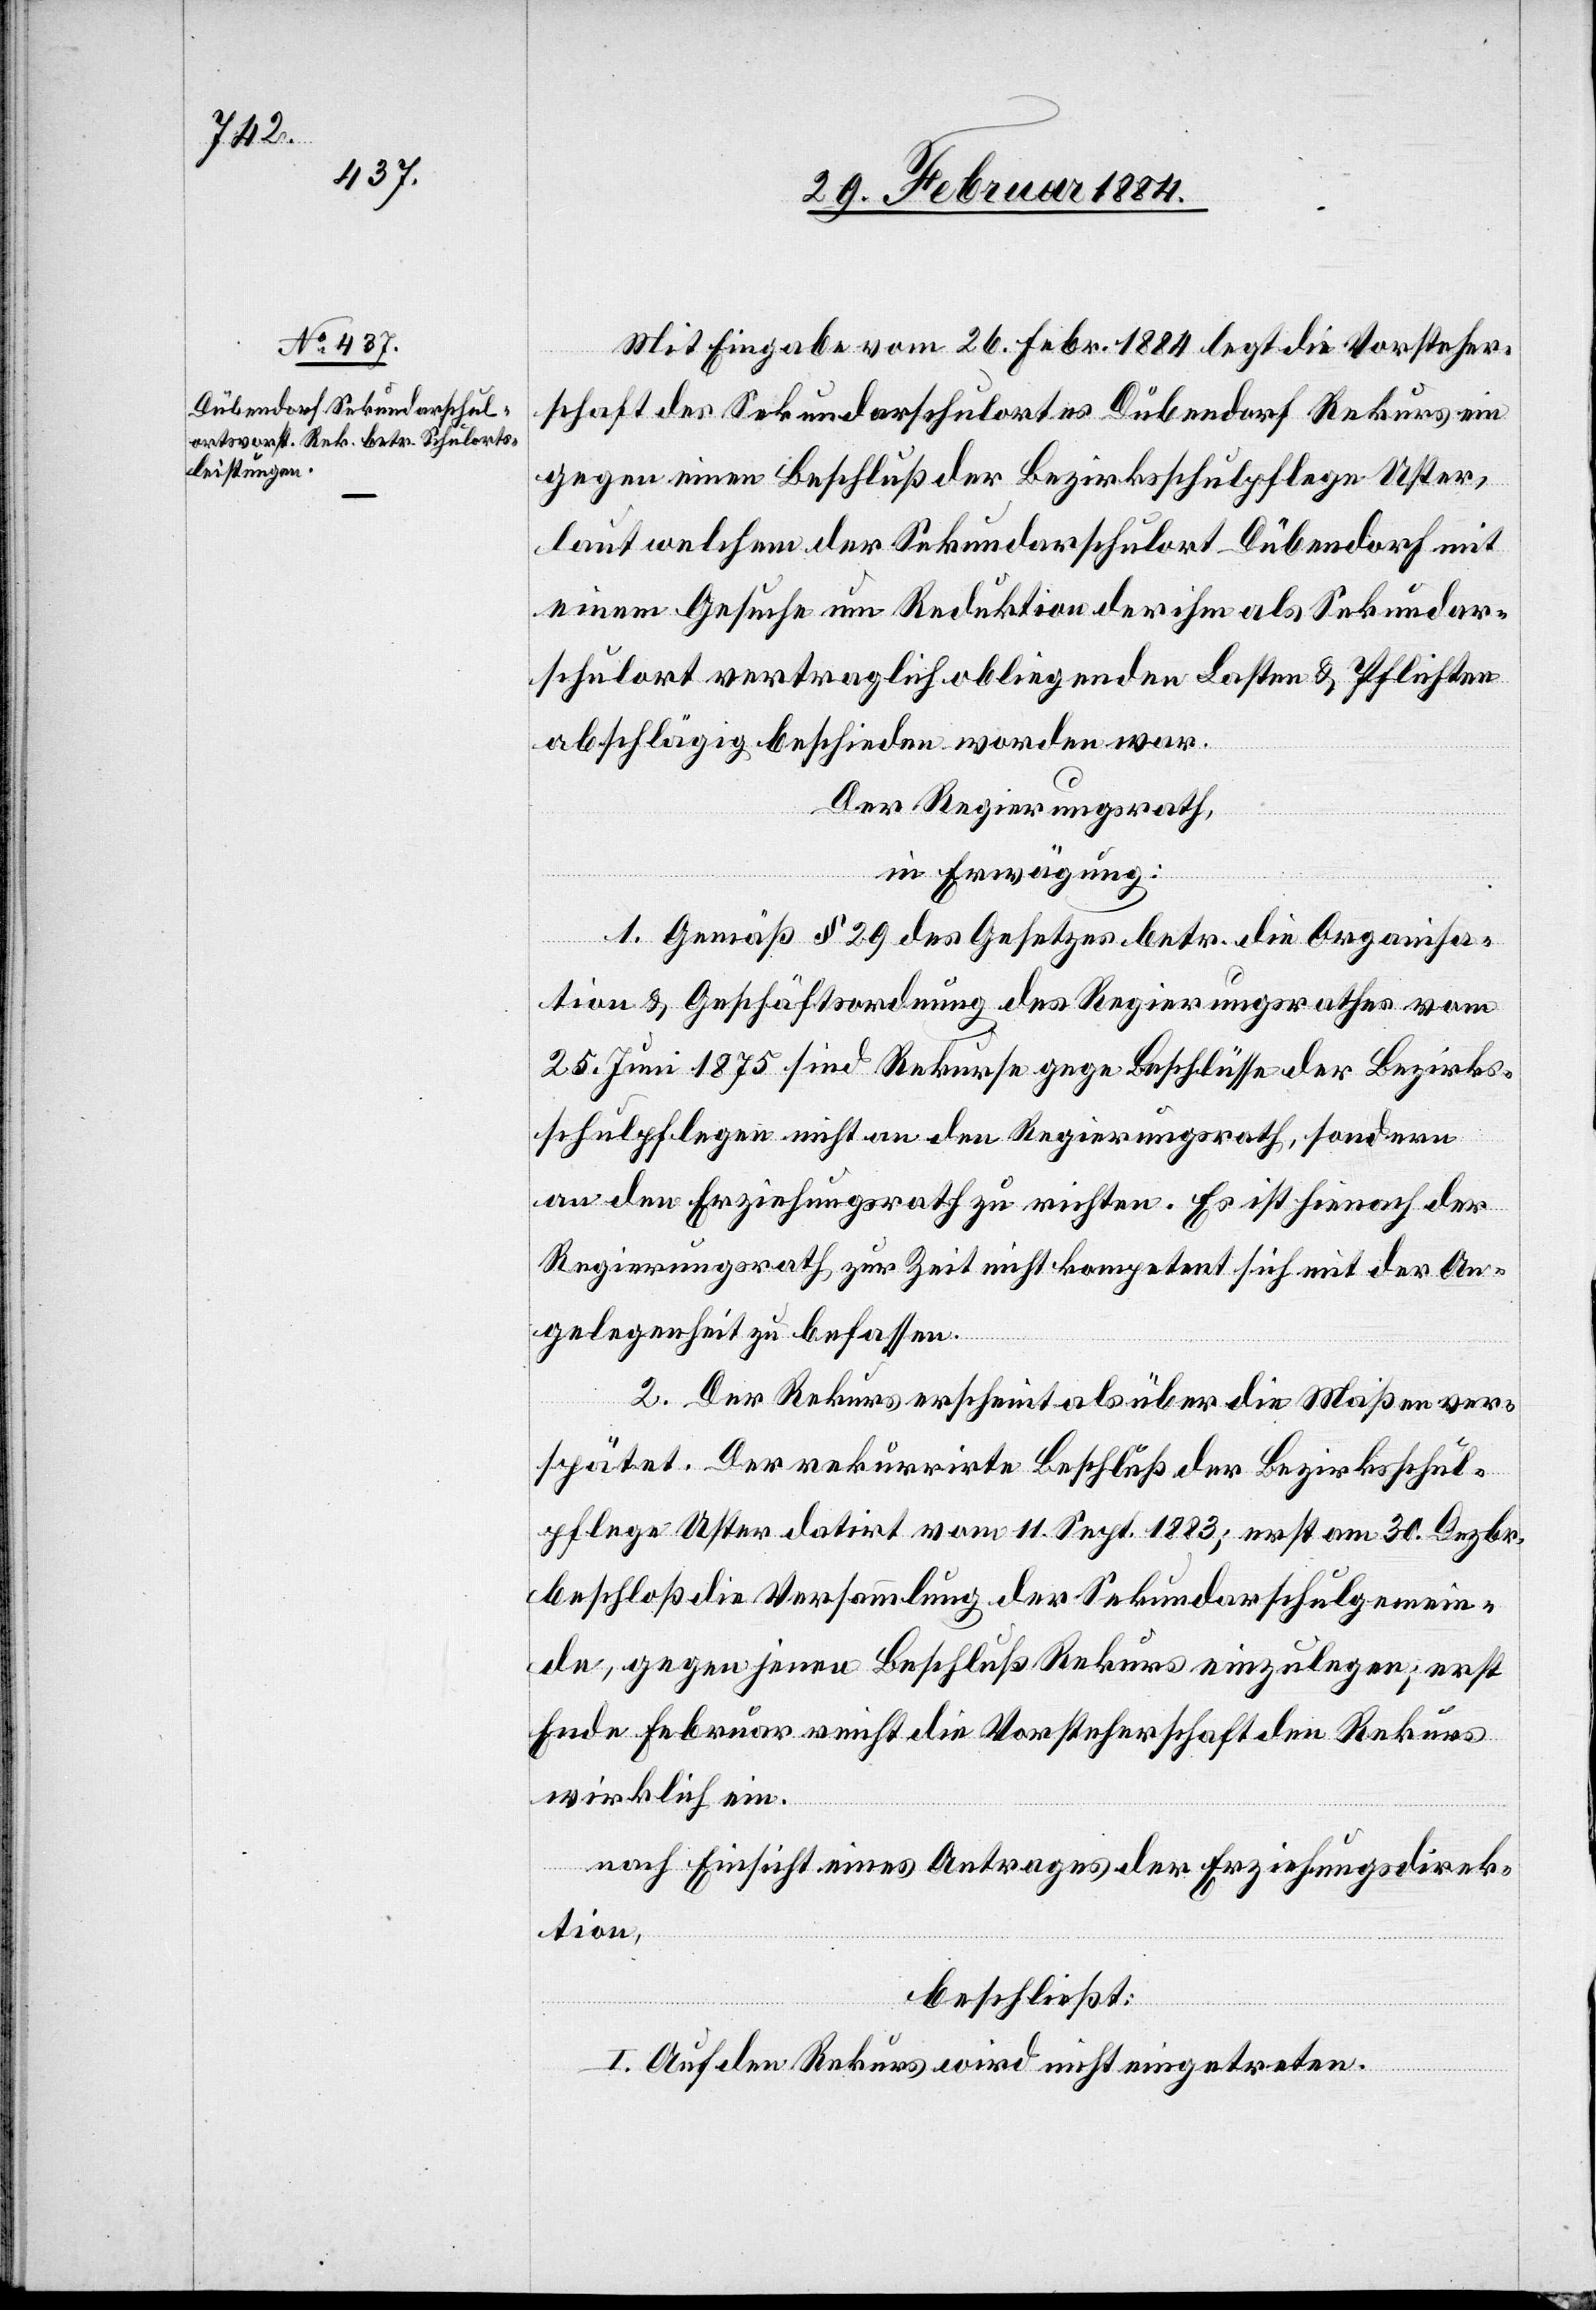
Mit Eingabe vom 26. Febr. 1884 legt die Vorsteher¬
schaft des Sekundarschulortes Dübendorf Rekurs ein
gegen einen Beschluß der Bezirksschulpflege Uster,
laut welchem der Sekundarschulort Dübendorf mit
einem Gesuche um Reduktion der ihm als Sekundar¬
schulort vertraglich obliegenden Lasten & Pflichten
abschlägig beschieden worden war.
Der Regierungsrath,
in Erwägung:
1. Gemäß § 29 des Gesetzes betr. die Organisa¬
tion & Geschäftsordnung des Regierungsrathes vom
25. Juni 1875 sind Rekurse gegen Beschlüsse der Bezirks¬
schulpflege nicht an den Regierungsrath, sondern
an den Erziehungsrath zu richten. Es ist hienach der
Regierungsrath zur Zeit nicht kompetent sich mit der An¬
gelegenheit zu befassen.
2. Der Rekurs erscheint als über die Maßen ver¬
spätet. Der rekurrirte Beschluß der Bezirksschul¬
pflege Uster datirt vom 11. Sept. 1883; erst am 30. Dezbr.
beschloß die Versammlung der Sekundarschulgemein¬
de, gegen jenen Beschluß Rekurs einzulegen; erst
Ende Februar reichte die Vorsteherschaft den Rekurs
wirklich ein.
nach Einsicht eines Antrages der Erziehungsdirek¬
tion,
beschließt:
I. Auf den Rekurs wird nicht eingetreten.